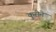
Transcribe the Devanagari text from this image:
कुरीने